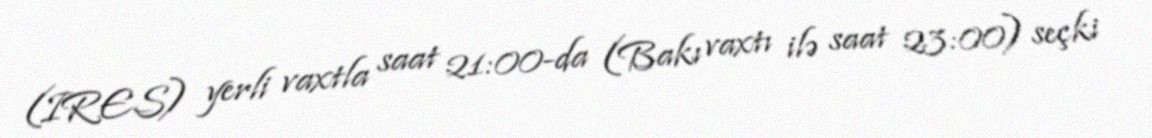
(IRES) yerli vaxtla saat 21:00-da (Bakı vaxtı ilə saat 23:00) seçki